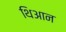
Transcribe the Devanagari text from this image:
थिआन